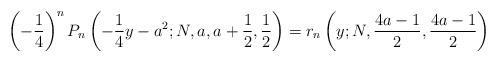
LaTeX: \begin{align*} \left(-\frac{1}{4}\right)^n P_n\left(-\frac{1}{4}y-a^2;N,a,a+\frac{1}{2},\frac{1}{2}\right) = r_n\left(y;N,\frac{4a-1}{2},\frac{4a-1}{2}\right) \end{align*}